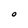
Character: O